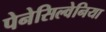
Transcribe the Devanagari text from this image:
पेनेसिल्वेनिया